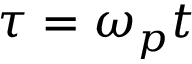
\tau = \omega _ { p } t